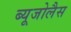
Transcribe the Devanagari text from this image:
ब्यूजोलैस